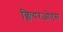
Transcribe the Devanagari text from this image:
क्लियरओएस